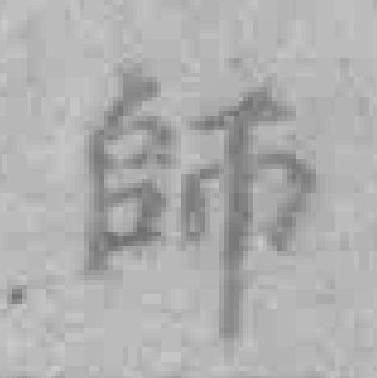
師